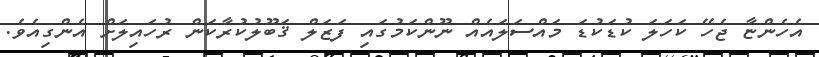
އެހެންޏާ ޖެހޭ ކަހަލަ ކުޑަކުޑަ މައްސަލައެއް ނޫންކަމުގައި ފަޒަލް ޤަބޫލުކުރާކަން ރުހައިލަށް އެންގިއެވެ.